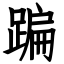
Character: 蹁